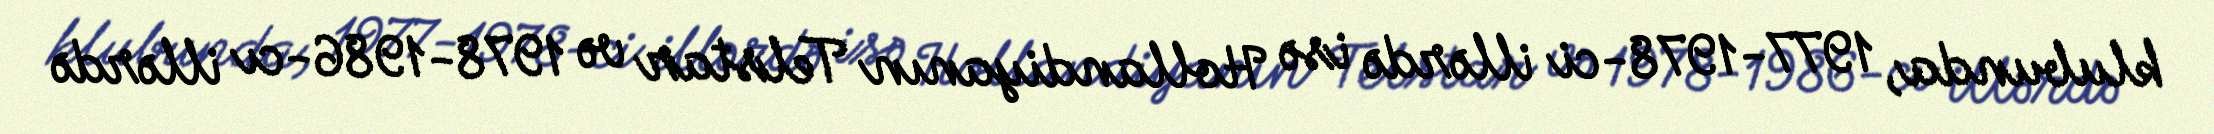
klubunda, 1977-1978-ci illərdə isə Hollandiyanın Telstar və 1978-1986-cı illərdə